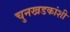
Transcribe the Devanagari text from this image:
चुनखडकांशी